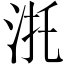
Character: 𣴜